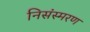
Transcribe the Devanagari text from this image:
निसंस्मरण